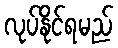
လုပ်နိုင်ရမည်